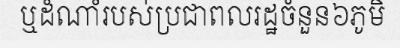
ឬដំណាំរបស់ប្រជាពលរដ្ឋចំនួន៦ភូមិ